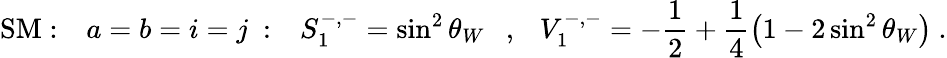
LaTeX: \mathrm{SM}:\ \ \ a=b=i=j\ :\ \ \ S_{1}^{-,-}=\sin^{2}\theta_{W}\ \ \ ,\ \ \ V_{1}^{-,-}=-\frac{1}{2}+\frac{1}{4}\left(1-2\sin^{2}\theta_{W}\right)\ .